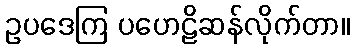
ဥပဒေကြ ပဟေဠိဆန်လိုက်တာ။